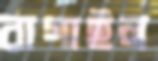
রাগাইল